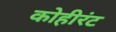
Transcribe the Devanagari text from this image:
कोहीरंट